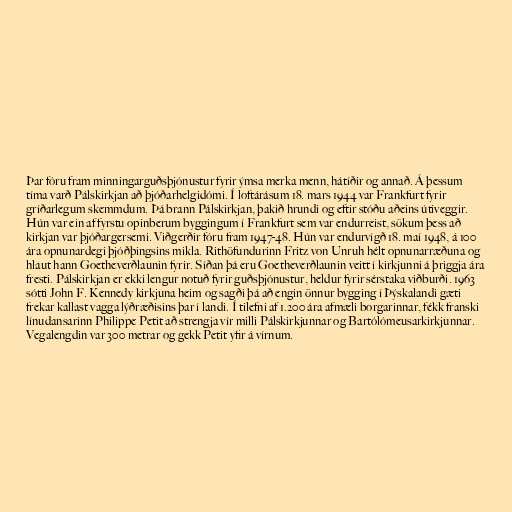
Þar fóru fram minningarguðsþjónustur fyrir ýmsa merka menn, hátíðir og annað. Á þessum
tíma varð Pálskirkjan að þjóðarhelgidómi. Í loftárásum 18. mars 1944 var Frankfurt fyrir
gríðarlegum skemmdum. Þá brann Pálskirkjan, þakið hrundi og eftir stóðu aðeins útiveggir.
Hún var ein af fyrstu opinberum byggingum í Frankfurt sem var endurreist, sökum þess að
kirkjan var þjóðargersemi. Viðgerðir fóru fram 1947-48. Hún var endurvígð 18. maí 1948, á 100
ára opnunardegi þjóðþingsins mikla. Rithöfundurinn Fritz von Unruh hélt opnunarræðuna og
hlaut hann Goetheverðlaunin fyrir. Síðan þá eru Goetheverðlaunin veitt í kirkjunni á þriggja ára
fresti. Pálskirkjan er ekki lengur notuð fyrir guðsþjónustur, heldur fyrir sérstaka viðburði. 1963
sótti John F. Kennedy kirkjuna heim og sagði þá að engin önnur bygging í Þýskalandi gæti
frekar kallast vagga lýðræðisins þar í landi. Í tilefni af 1.200 ára afmæli borgarinnar, fékk franski
línudansarinn Philippe Petit að strengja vír milli Pálskirkjunnar og Bartólómeusarkirkjunnar.
Vegalengdin var 300 metrar og gekk Petit yfir á vírnum.